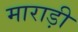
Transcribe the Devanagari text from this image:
माराड़ी